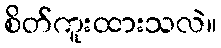
စိတ်ကူးထားသလဲ။